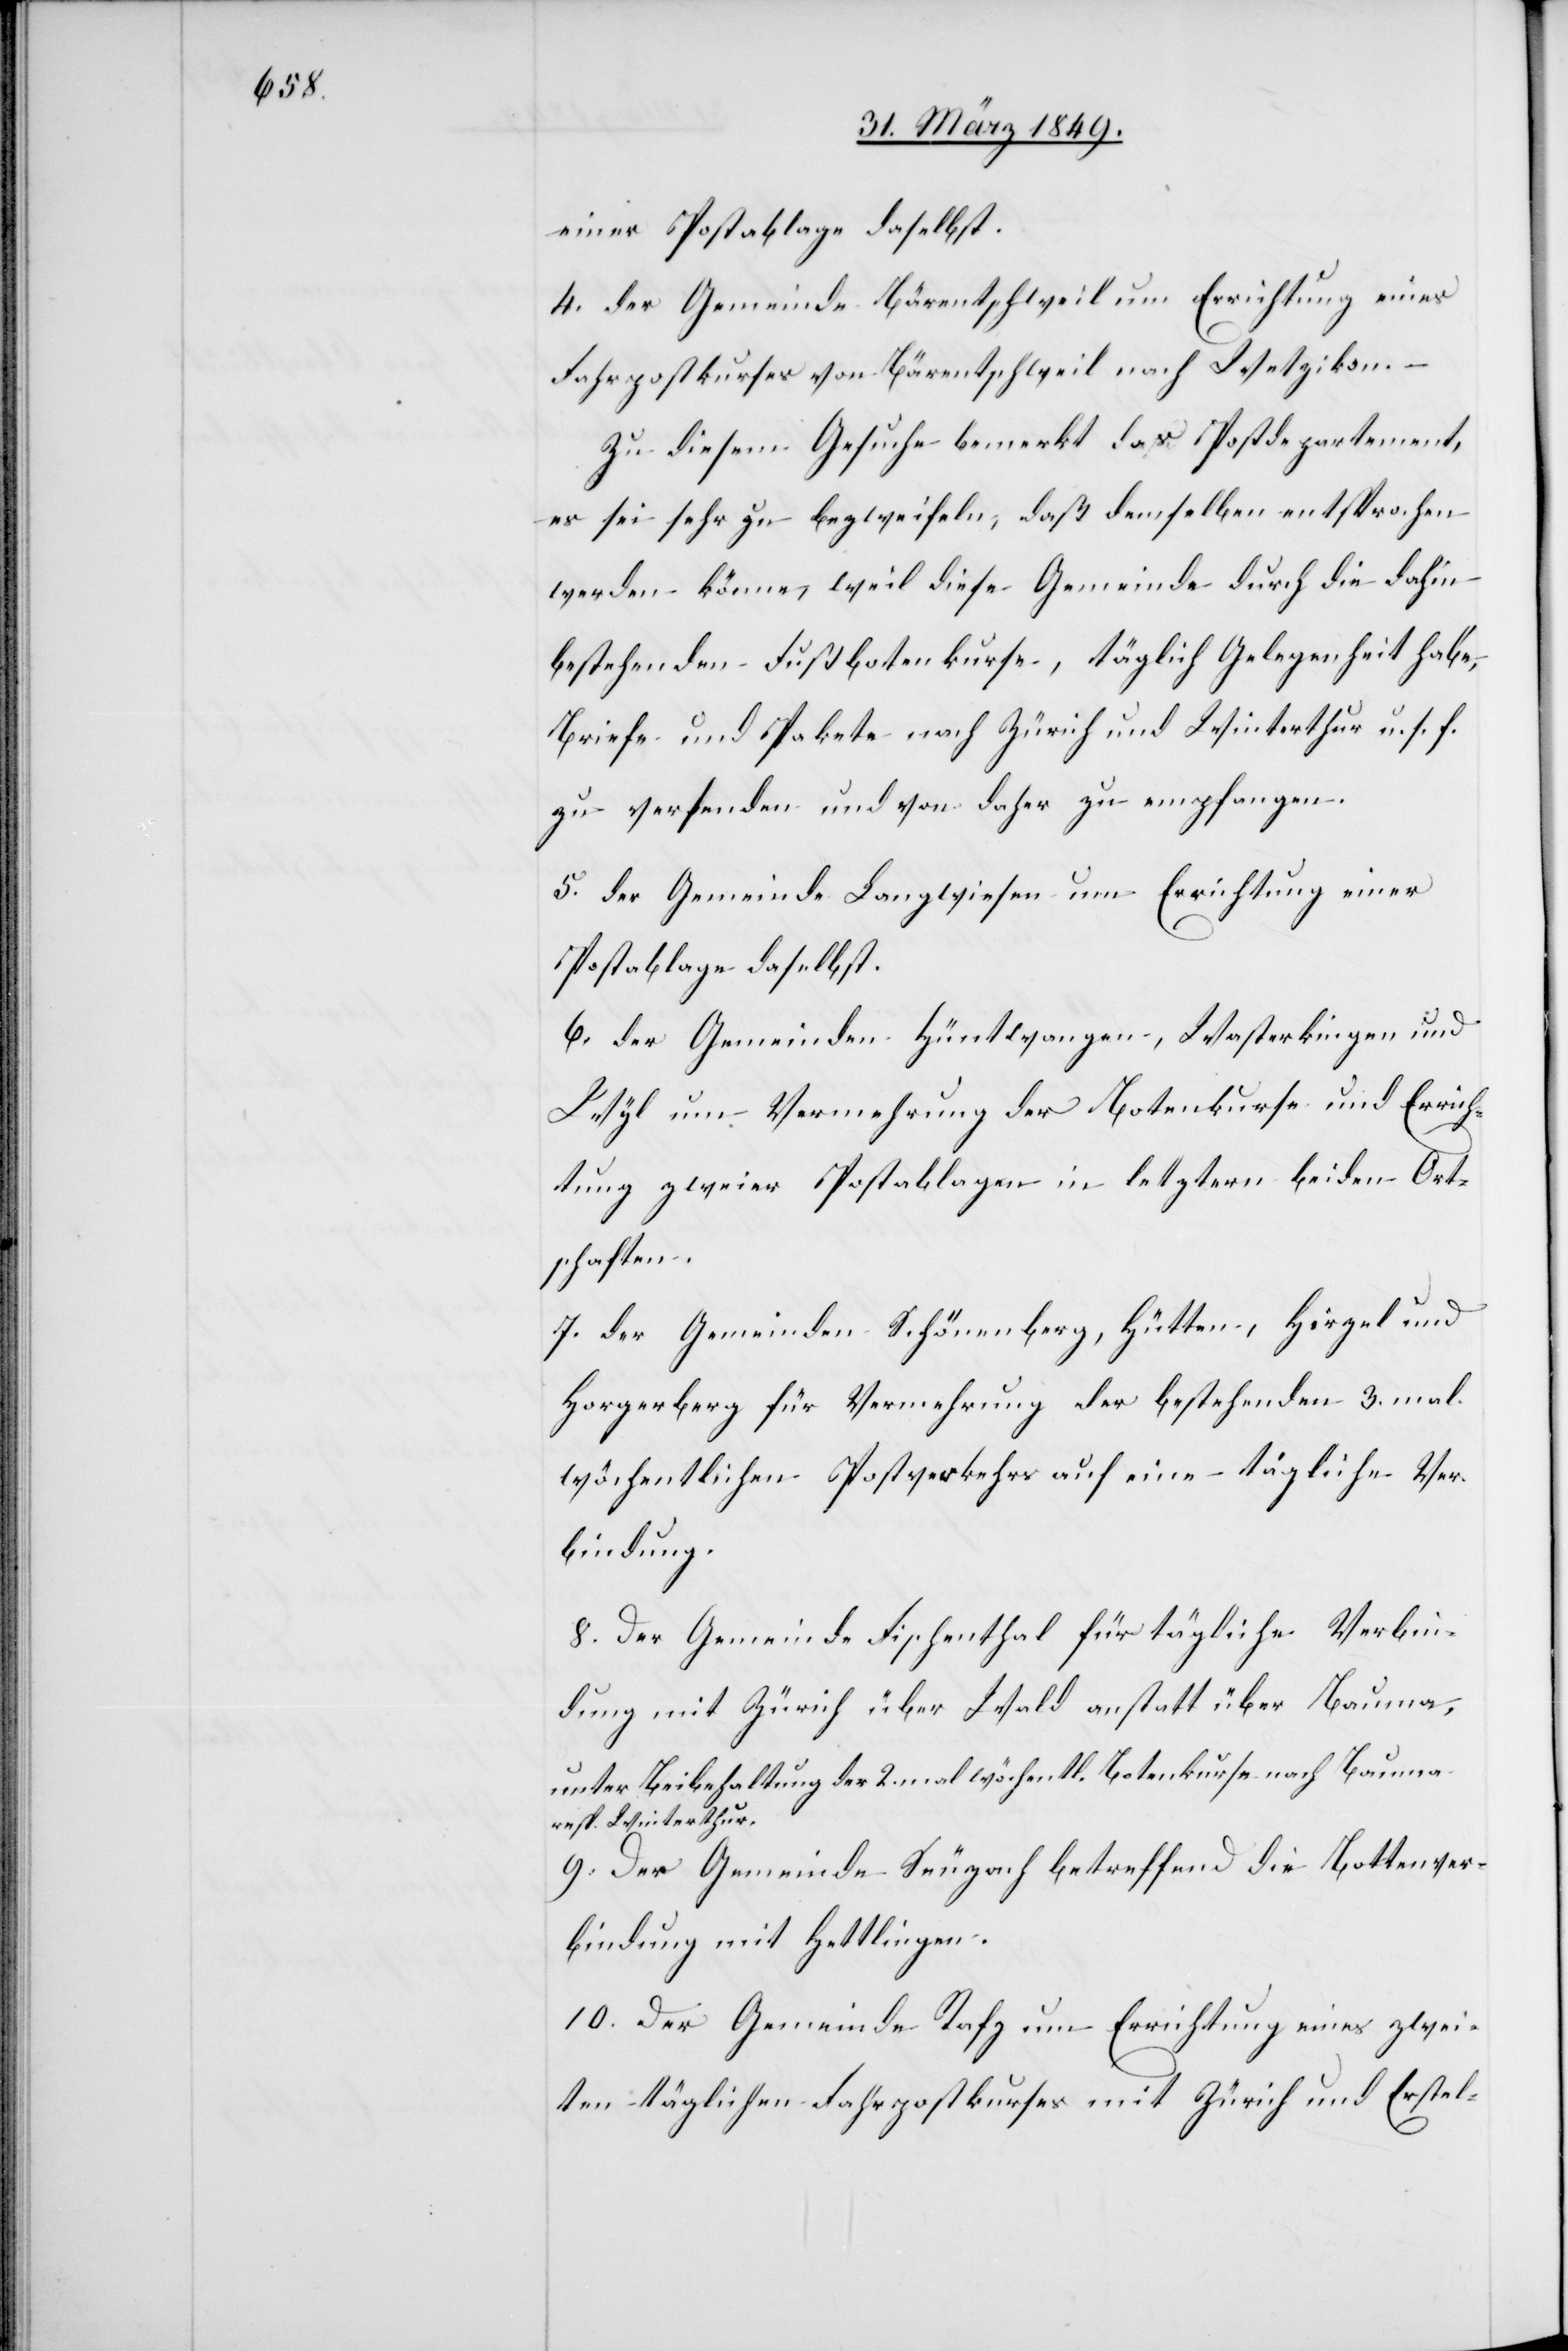
einer Postablage daselbst.
4. der Gemeinde Bärentschweil um Errichtung eines
Fahrpostkurses von Bärentschweil nach Wetzikon.
Zu diesem Gesuche bemerkt das Postdepartement,
es sei sehr zu bezweifeln, daß demselben entsprochen
werden könne, weil diese Gemeinde durch die dahin
bestehenden Fußbotenkurse, täglich Gelegenheit habe,
Briefe und Pakete nach Zürich und Winterthur u. s. f.
zu versenden und von daher zu empfangen.
5. der Gemeinde Langwiesen um Errichtung einer
Postablage daselbst.
6. der Gemeinden Hüntwangen, Wasterkingen und
Wyl um Vermehrung der Botenkurse und Errich¬
tung zweier Postablagen in letztern beiden Ort¬
schaften.
7. der Gemeinden Schönenberg, Hütten, Hirzel und
Horgerberg für Vermehrung der [sic!] bestehenden 3. mal
wöchentlichen Postverkehrs auf eine tägliche Ver¬
bindung.
8. Der Gemeinde Fischenthal für tägliche Verbin¬
dung mit Zürich über Wald anstatt über Bauma,
unter Beibehaltung der 2. mal wöchentl. Botenkurse nach Bauma
resp. Winterthur.
9. Der Gemeinde Seuzach betreffend die Bottenver¬
bindung mit Hettlingen.
10. Der Gemeinde Rafz um Errichtung eines zwei¬
ten täglichen Fahrpostkurses mit Zürich und Erstel-